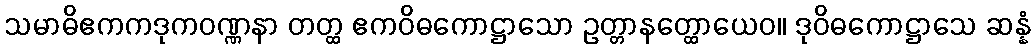
သမာဓိဧကကဒုကဝဏ္ဏနာ တတ္ထ ဧကဝိဓကောဋ္ဌာသော ဥတ္တာနတ္ထောယေဝ။ ဒုဝိဓကောဋ္ဌာသေ ဆန္နံ